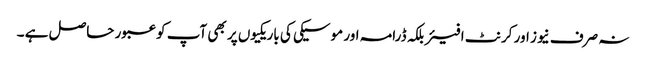
نہ صرف نیوز اور کرنٹ افیئربلکہ ڈرامہ اور موسیکی کی باریکیوں پر بھی آپ کو عبور حاصل ہے ۔